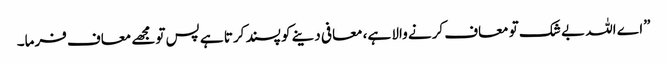
”اے اللہ بے شک تو معاف کرنے والا ہے، معافی دینے کو پسند کرتا ہے پس تومجھے معاف فرما۔